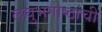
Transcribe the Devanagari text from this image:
लघुभगोष्ठांची